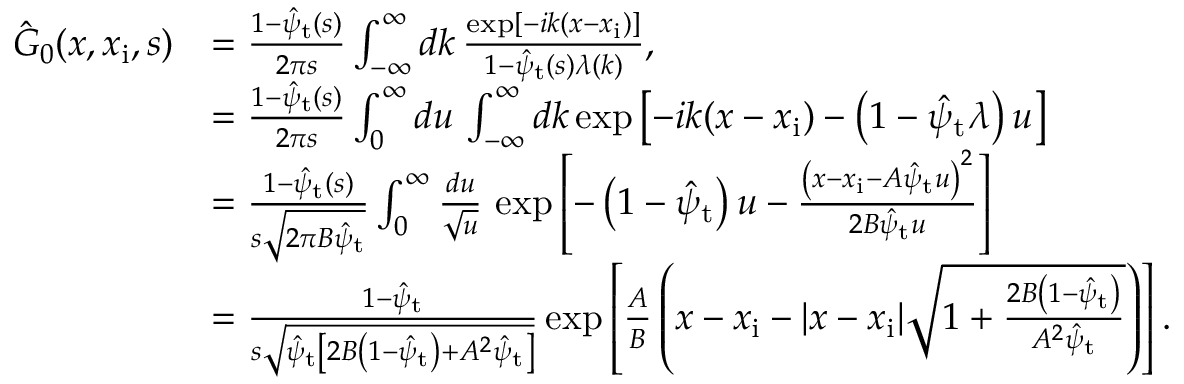
\begin{array} { r l } { \hat { G } _ { 0 } ( x , x _ { \mathrm { i } } , s ) } & { = \frac { 1 - \hat { \psi } _ { \mathrm { t } } ( s ) } { 2 \pi s } \int _ { - \infty } ^ { \infty } d k \, \frac { \exp [ - i k ( x - x _ { \mathrm { i } } ) ] } { 1 - \hat { \psi } _ { \mathrm { t } } ( s ) \lambda ( k ) } , } \\ & { = \frac { 1 - \hat { \psi } _ { \mathrm { t } } ( s ) } { 2 \pi s } \int _ { 0 } ^ { \infty } d u \, \int _ { - \infty } ^ { \infty } d k \exp \left[ - i k ( x - x _ { \mathrm { i } } ) - \left( 1 - \hat { \psi } _ { \mathrm { t } } \lambda \right) u \right] } \\ & { = \frac { 1 - \hat { \psi } _ { \mathrm { t } } ( s ) } { s \sqrt { 2 \pi B \hat { \psi } _ { \mathrm { t } } } } \int _ { 0 } ^ { \infty } \frac { d u } { \sqrt { u } } \, \exp \left[ - \left( 1 - \hat { \psi } _ { \mathrm { t } } \right) u - \frac { \left( x - x _ { \mathrm { i } } - A \hat { \psi } _ { \mathrm { t } } u \right) ^ { 2 } } { 2 B \hat { \psi } _ { \mathrm { t } } u } \right] } \\ & { = \frac { 1 - \hat { \psi } _ { \mathrm { t } } } { s \sqrt { \hat { \psi } _ { \mathrm { t } } \left[ 2 B \left( 1 - \hat { \psi } _ { \mathrm { t } } \right) + A ^ { 2 } \hat { \psi } _ { \mathrm { t } } \right] } } \exp \left[ \frac { A } { B } \left( x - x _ { \mathrm { i } } - | x - x _ { \mathrm { i } } | \sqrt { 1 + \frac { 2 B \left( 1 - \hat { \psi } _ { \mathrm { t } } \right) } { A ^ { 2 } \hat { \psi } _ { \mathrm { t } } } } \right) \right] . } \end{array}